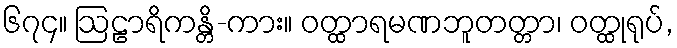
၆၇၄။ ဩဠာရိကန္တိ-ကား။ ဝတ္ထာရမဏဘူတတ္တာ၊ ဝတ္ထုရုပ်,